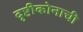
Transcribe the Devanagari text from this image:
दृष्टीकोनाची